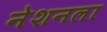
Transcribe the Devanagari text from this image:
नेशनला